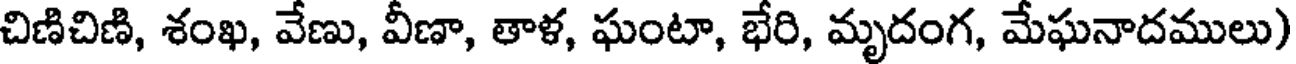
చిణిచిణి, శంఖ, వేణు, వీణా, తాళ, ఘంటా, భేరి, మృదంగ, మేఘనాదములు)